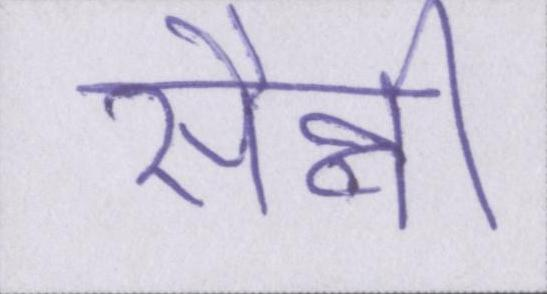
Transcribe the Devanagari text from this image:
सैन्नी